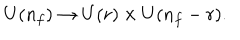
U ( n _ { f } ) \to U ( r ) \times U ( n _ { f } - r ) .